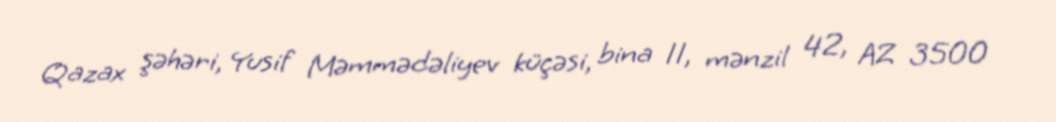
Qazax şəhəri, Yusif Məmmədəliyev küçəsi, bina 11, mənzil 42, AZ 3500